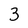
Character: 3